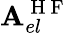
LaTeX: \mathbf{A}_{el}^{\mathrm{~H~F~}}